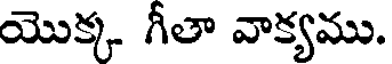
యొక్క గీతా వాక్యము.